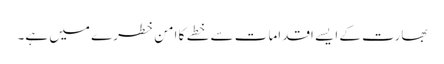
بھارت کے ایسے اقدامات سے خطے کا امن خطرے میں ہے۔